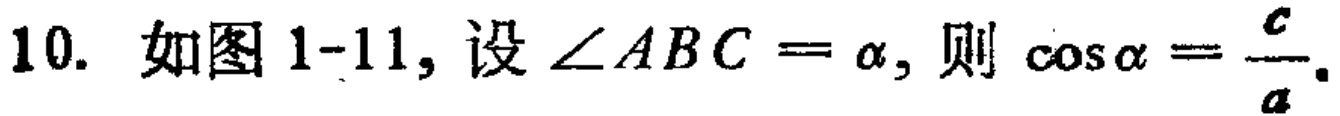
10. 如图1-11, 设$\angle ABC = \alpha$, 则$\cos\alpha=\frac{c}{a}.$